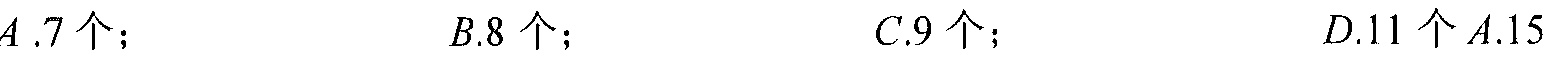
\(A.7\)个；\(\ \ \ \ \ \ \ \ \ \ \ \ \ \ \ B.8\)个；\(\ \ \ \ \ \ \ \ \ \ \ \ \ \ \ C.9\)个；\(\ \ \ \ \ \ \ \ \ \ \ \ \ \ \ D.11\)个\(A.15\)